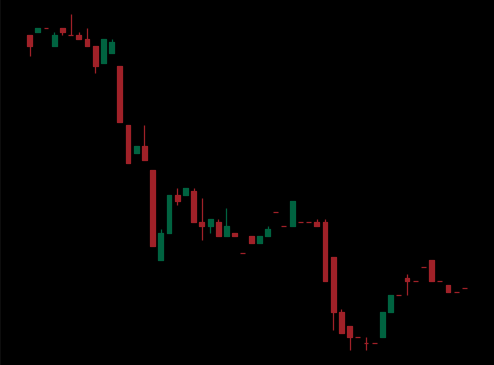
Pattern: bull_flag